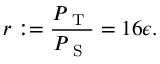
r : = \frac { { \cal P } _ { \mathrm { ~ T ~ } } } { { \cal P } _ { \mathrm { ~ S ~ } } } = 1 6 \epsilon .